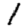
Digit: 1